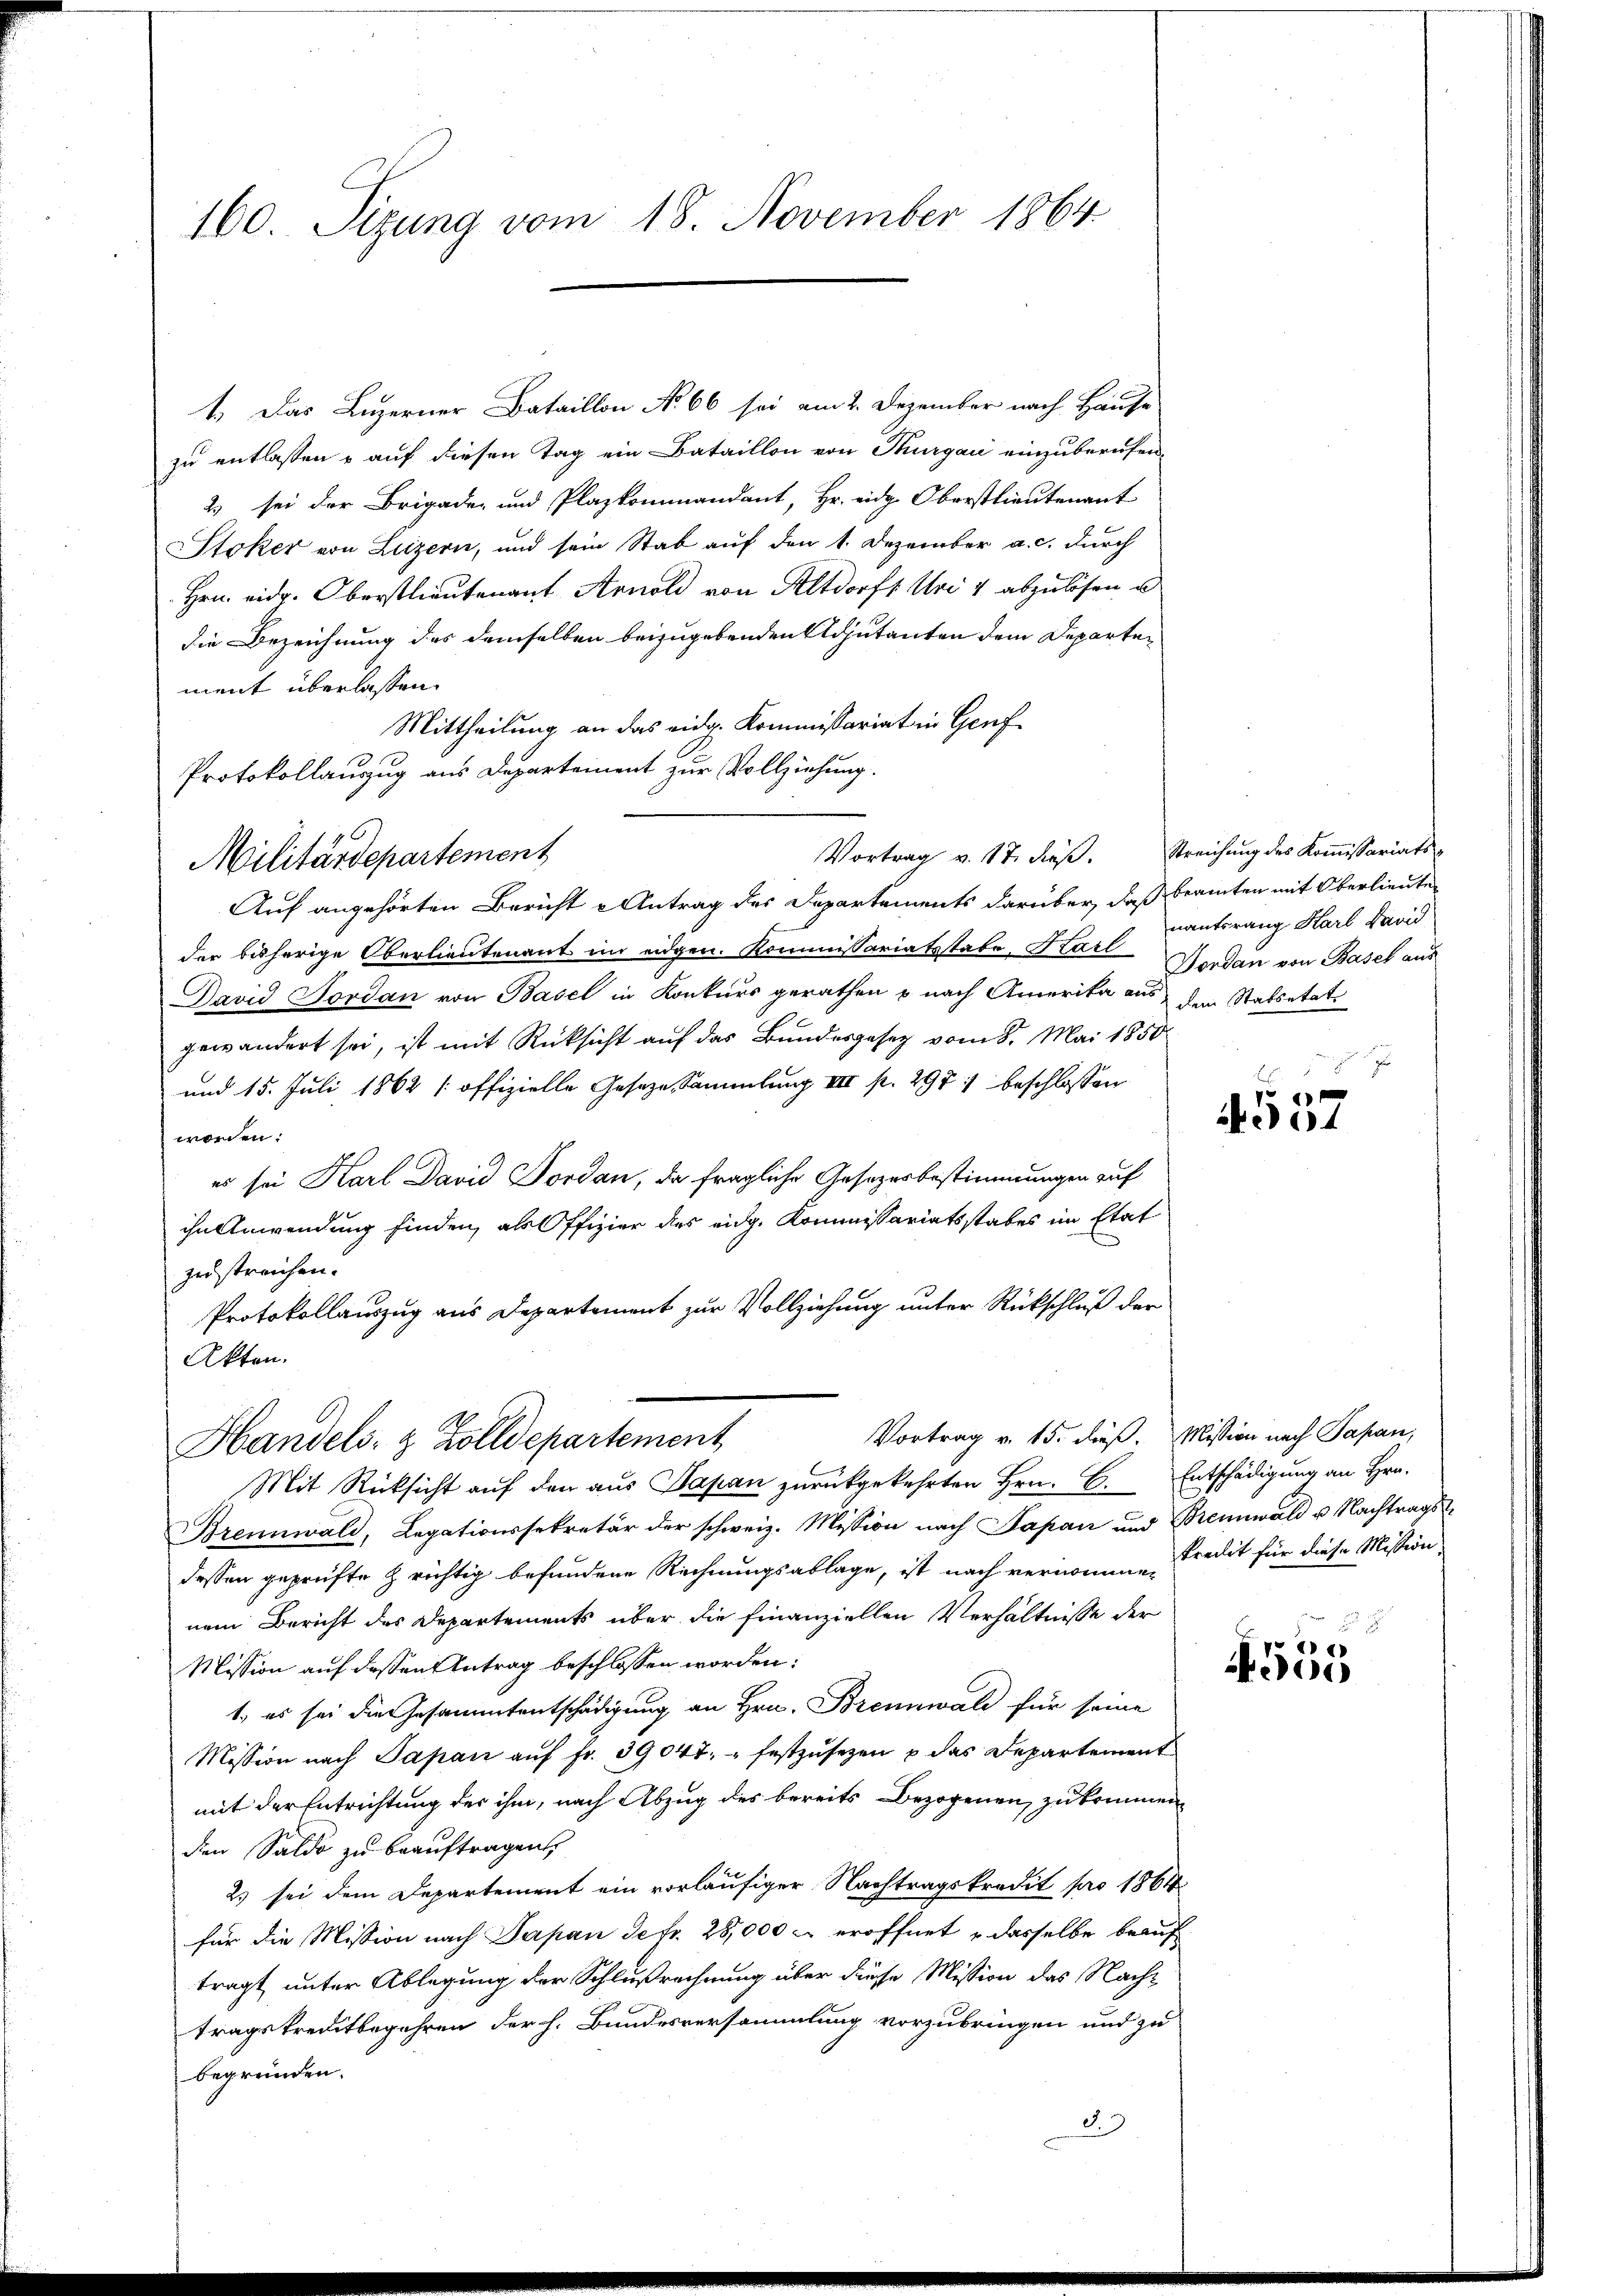
160. Sizung vom 18. November 1864

Protokollauzug aus Departement zur Vollziehung.
Militärdepartement

1.) Das Luzerner Bataillon No 66 sei am 2. Dezember nach Hause
zu entlassen u auf diesen Tag ein Bataillon von Thurgaić einzuberufen-
2) sei der Brigaden und Plazkommandant, Hr. eidg. Oberstlieutenant
Stoker von Luzern, und sein Stab auf den 1. Dezember a. c. durch
Hrn. eidg. Oberstlieutenant Arnold von Altdorf, Uri 4 abzulösen u
die Bezeichnung des demselben beizugebenden Adjutanten dem Departement überlassen.
Mittheilung an das eidg. Kommissariat in Genf
Auf angehörten Bericht Antrag des Departements darüber, daß beamten mit Oberlieute
der bisherige Oberlieutenant im eidgen. Kommissariatsstabe, Karl Werden von Basel aus
David Tordan von Basel in Konkurs gerathen u nach Amerika aus den Stabsetat
gewändert sei, ist mit Rücksicht auf das Bundesgesetz vom 8. Mai 1850
und 15. Juli 1862 (offizielle Geseze, Sammlung III p. 297 : beschlossen
worden.
es sei Karl David Vordan, da fragliche Gesetzesbestimmungen auf
ihn Anwendung finden, als Offizier des eidg. Kommissariatsstabes im Etat
zu streichen.
Protokollauszug aus Departement zur Vollziehung unter Rückschluß der
Akten.
Vortrag v. 15. dieß. Mission nach Papan,
Handels- & Zolldepartement
Mit Rücksicht auf den aus Sapan zurückgekehrten Hrn. C. Entschädigung an Hrn.
Brennwald, Legationssekretär der schweiz. Mission nach Japan und Bennwald u. Nachtrags
dessen geprüfte richtig befundene Rechnungsablage, ist nach vernommen Credit für diese Mission
nem Bericht des Departements über die Finanziellen Verhältnisse der
Mission auf dessen Antrag beschlossen worden:
1) es sei die Gesammtentschädigung an Hrn. Brennwald für seine
Mission nach Papan aŭf fr. 39047. festzŭsezen u das Departement
mit der Entrichtung der ihm, nach Abzug des bereits Bezogenen zukommen
den Saldo zu beauftragen,
2) sei dem Departement ein vorläufiger Nachtragskredit pro 1864
für die Mission nach Papan de fr. 28,000 & eröffnet, dasselbe beauf
tragt, unter Ablegung der Schlußrechnung über diese Mission das Nachtragskreditbegehren der h. Bundesversammlung vorzubringen und zu
begründen.
d.3

Vortrag v. 17. dieβ. Streichung des Koṁissariats-

nantsrang Karl David

Pe
94

e
0